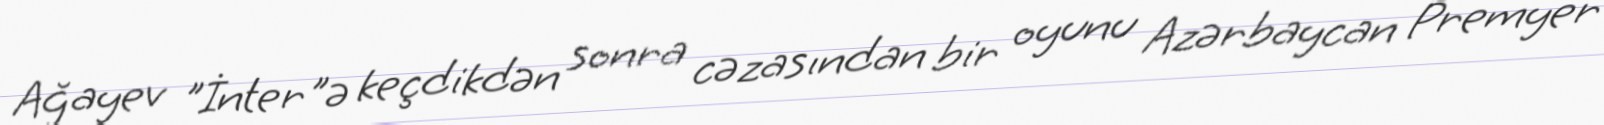
Ağayev "İnter"ə keçdikdən sonra cəzasından bir oyunu Azərbaycan Premyer